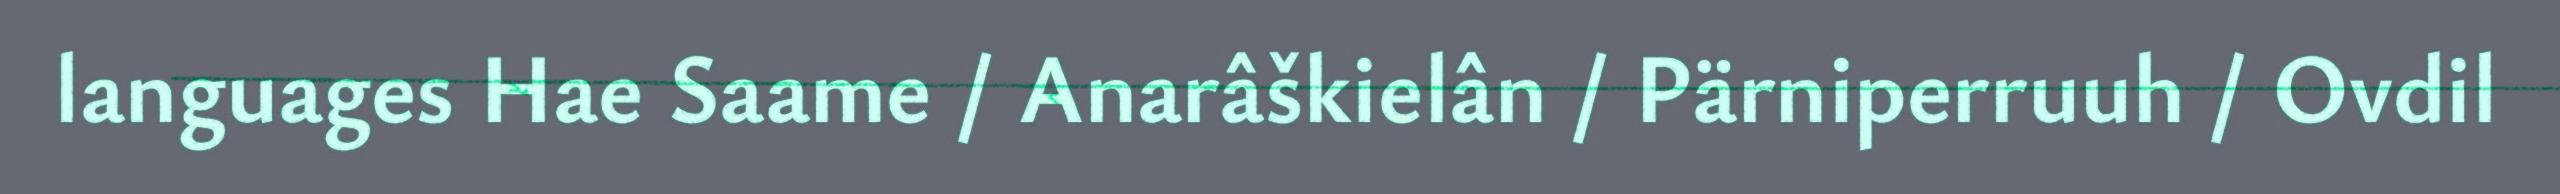
languages Hae Saame / Anarâškielân / Pärniperruuh / Ovdil